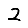
Digit: 2